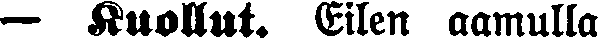
— Kuollut. Eilen aamulla